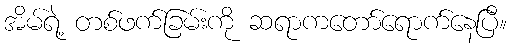
အိမ်ရဲ့ တစ်ဖက်ခြမ်းကို ဆရာကတော်ရောက်နေပြီ။